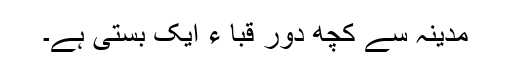
مدینہ سے کچھ دور قبا ء ایک بستی ہے۔